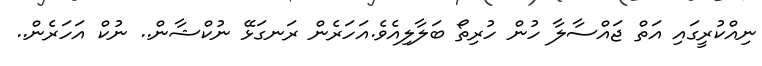
ނިއްކުރީގައި އަތް ޖައްސާލާ ހުން ހުރިތޯ ބަލާލިއެވެ.އަހަރެން ރަނގަޅޭ ނުކްޝާން.. ނުކް އަހަރެން..